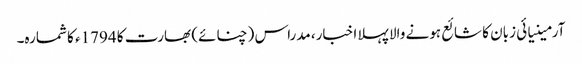
آرمینیائی زبان کا شائع ہونے والا پہلا اخبار، مدراس (چنائے) بھارت کا 1794ء کا شمارہ۔